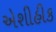
એશીહીક